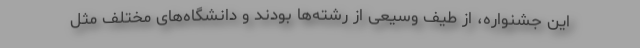
این جشنواره، از طیف وسیعی از رشته‌ها بودند و دانشگاه‌های مختلف مثل